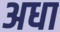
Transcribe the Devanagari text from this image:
अधा